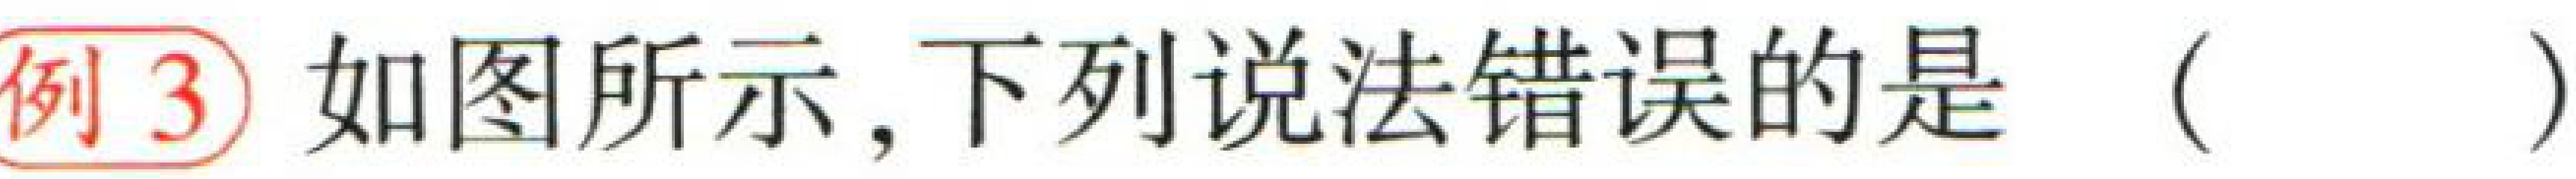
例3 如图所示，下列说法错误的是（  ）